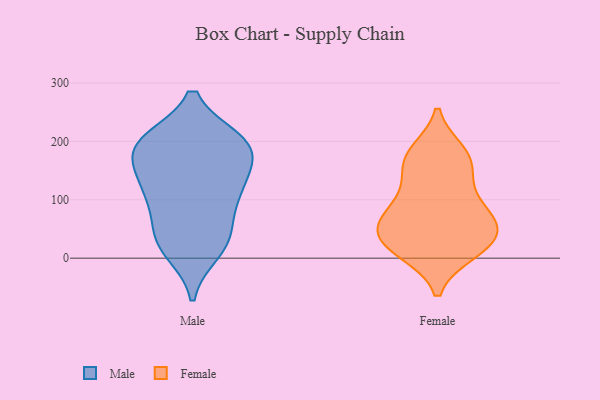
{"axis": {"x": "Website Visitors", "y": "Value"}, "legend": ["Female", "Male"], "data": [{"x": "", "y": 28, "type": "Male"}, {"x": "", "y": 43, "type": "Male"}, {"x": "", "y": 94, "type": "Male"}, {"x": "", "y": 175, "type": "Male"}, {"x": "", "y": 197, "type": "Male"}, {"x": "", "y": 196, "type": "Male"}, {"x": "", "y": 200, "type": "Male"}, {"x": "", "y": 117, "type": "Male"}, {"x": "", "y": 112, "type": "Male"}, {"x": "", "y": 32, "type": "Male"}, {"x": "", "y": 196, "type": "Male"}, {"x": "", "y": 122, "type": "Male"}, {"x": "", "y": 13, "type": "Male"}, {"x": "", "y": 151, "type": "Male"}, {"x": "", "y": 192, "type": "Male"}, {"x": "", "y": 151, "type": "Female"}, {"x": "", "y": 23, "type": "Female"}, {"x": "", "y": 172, "type": "Female"}, {"x": "", "y": 79, "type": "Female"}, {"x": "", "y": 42, "type": "Female"}, {"x": "", "y": 92, "type": "Female"}, {"x": "", "y": 11, "type": "Female"}, {"x": "", "y": 181, "type": "Female"}, {"x": "", "y": 55, "type": "Female"}, {"x": "", "y": 67, "type": "Female"}, {"x": "", "y": 11, "type": "Female"}, {"x": "", "y": 120, "type": "Female"}, {"x": "", "y": 29, "type": "Female"}, {"x": "", "y": 173, "type": "Female"}, {"x": "", "y": 56, "type": "Female"}]}